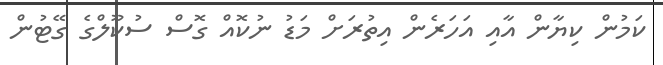
ކަމުން ކިޔާން އާއި އަހަރެން އިތުރަށް މަޑު ނުކޮއް ގޮސް ސުކޫލްގެ ގޭޓުން